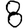
Digit: 8